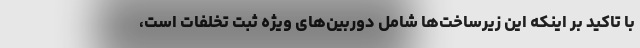
با تاکید بر اینکه این زیرساخت‌ها شامل دوربین‌های ویژه ثبت تخلفات است،